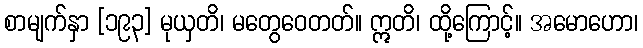
စာမျက်နှာ [၁၉၃] မုယှတိ၊ မတွေဝေတတ်။ ဣတိ၊ ထို့ကြောင့်။ အမောဟော၊